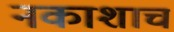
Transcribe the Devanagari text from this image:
नकाशाच